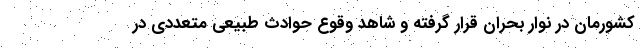
کشورمان در نوار بحران قرار گرفته و شاهد وقوع حوادث طبیعی متعددی در